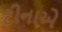
ટીનાએ